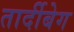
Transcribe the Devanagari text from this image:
तार्दीबेग